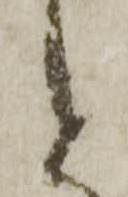
と